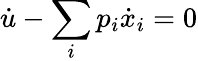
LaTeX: {\dot{u}}-\sum_{i}p_{i}{\dot{x}}_{i}=0